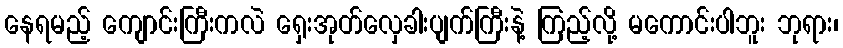
နေရမည့် ကျောင်းကြီးကလဲ ရှေးအုတ်လှေခါးပျက်ကြီးနဲ့ ကြည့်လို့ မကောင်းပါဘူး ဘုရား၊